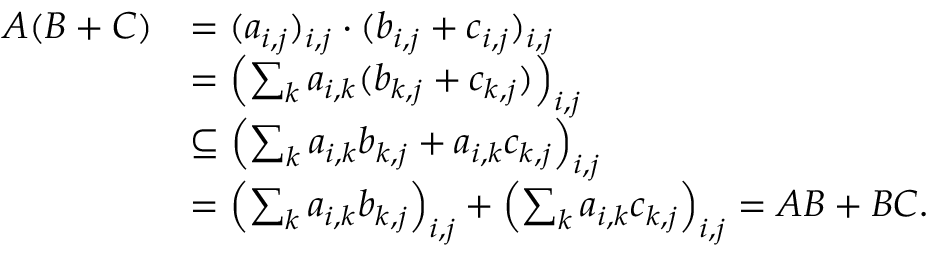
\begin{array} { r l } { A ( B + C ) } & { = ( a _ { i , j } ) _ { i , j } \cdot ( b _ { i , j } + c _ { i , j } ) _ { i , j } } \\ & { = \left( \sum _ { k } a _ { i , k } ( b _ { k , j } + c _ { k , j } ) \right) _ { i , j } } \\ & { \subseteq \left( \sum _ { k } a _ { i , k } b _ { k , j } + a _ { i , k } c _ { k , j } \right) _ { i , j } } \\ & { = \left( \sum _ { k } a _ { i , k } b _ { k , j } \right) _ { i , j } + \left( \sum _ { k } a _ { i , k } c _ { k , j } \right) _ { i , j } = A B + B C . } \end{array}